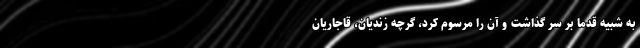
به شبیه قدما بر سر گذاشت و آن را مرسوم کرد، گرچه زندیان، قاجاریان